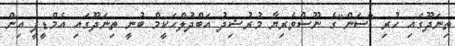
ތިނަދޫގައި ހުރި "ސަން"ގެ ނޫސްވެރިޔާ މުރުޝިދު އަބްދުލްހަކީމް ބުނީ ތިނަދޫގައި އެމްޑީޕީ އިން